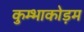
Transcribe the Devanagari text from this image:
कुम्भाकोड़म